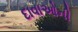
દાવાઓની